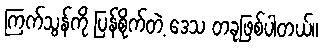
ကြက်သွန်ကို ပြန်စိုက်တဲ့ ဒေသ တခုဖြစ်ပါတယ်။